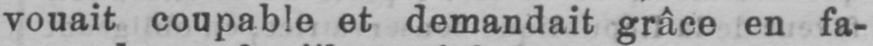
vouait coupable et demandait grâce en fa-